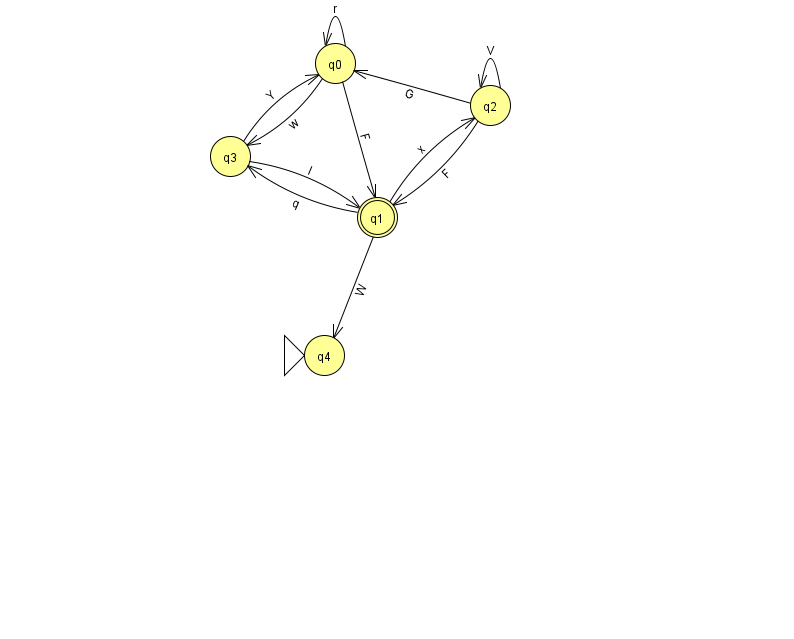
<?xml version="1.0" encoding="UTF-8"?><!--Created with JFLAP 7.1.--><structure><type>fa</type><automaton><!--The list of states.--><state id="0" name="q0"><x>335.0</x><y>50.0</y></state><state id="1" name="q1"><x>377.0</x><y>204.0</y><final/></state><state id="2" name="q2"><x>490.0</x><y>92.0</y></state><state id="3" name="q3"><x>230.0</x><y>143.0</y></state><state id="4" name="q4"><x>324.0</x><y>342.0</y><initial/></state><!--The list of transitions.--><transition><from>3</from><to>0</to><read>Y</read></transition><transition><from>1</from><to>3</to><read>q</read></transition><transition><from>0</from><to>0</to><read>r</read></transition><transition><from>2</from><to>1</to><read>F</read></transition><transition><from>2</from><to>2</to><read>V</read></transition><transition><from>3</from><to>1</to><read>I</read></transition><transition><from>1</from><to>2</to><read>x</read></transition><transition><from>1</from><to>4</to><read>W</read></transition><transition><from>2</from><to>0</to><read>G</read></transition><transition><from>0</from><to>3</to><read>w</read></transition><transition><from>0</from><to>1</to><read>F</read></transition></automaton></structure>